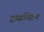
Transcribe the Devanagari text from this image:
ट्रांसमिटन